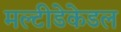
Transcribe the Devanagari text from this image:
मल्टीडेकेडल